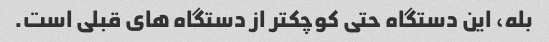
بله، این دستگاه حتی کوچکتر از دستگاه های قبلی است.